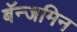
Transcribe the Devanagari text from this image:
बॅन्जमिन